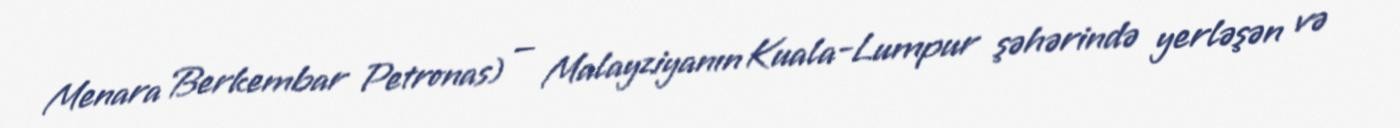
Menara Berkembar Petronas) — Malayziyanın Kuala-Lumpur şəhərində yerləşən və